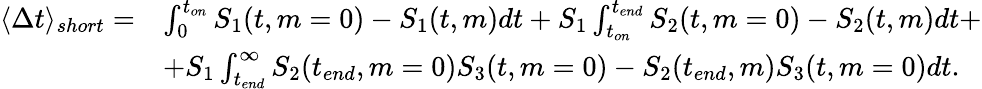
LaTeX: \begin{array}{rl}{\langle\Delta t\rangle_{short}=}&{\int_{0}^{t_{on}}S_{1}(t,m=0)-S_{1}(t,m)dt+S_{1}\int_{t_{on}}^{t_{end}}S_{2}(t,m=0)-S_{2}(t,m)dt+}\\ &{+S_{1}\int_{t_{end}}^{\infty}S_{2}(t_{end},m=0)S_{3}(t,m=0)-S_{2}(t_{end},m)S_{3}(t,m=0)dt.}\end{array}